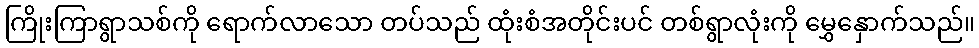
ကြိုးကြာရွာသစ်ကို ရောက်လာသော တပ်သည် ထုံးစံအတိုင်းပင် တစ်ရွာလုံးကို မွှေနှောက်သည်။